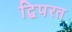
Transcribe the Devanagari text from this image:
द्विपरत